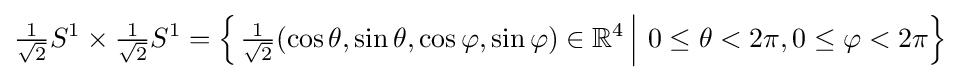
{\tfrac {1}{\sqrt {2}}}S^{1}\times {\tfrac {1}{\sqrt {2}}}S^{1}=\left\{\left.{\tfrac {1}{\sqrt {2}}}(\cos \theta ,\sin \theta ,\cos \varphi ,\sin \varphi )\in \mathbb {R} ^{4}\,\right|\,0\leq \theta <2\pi ,0\leq \varphi <2\pi \right\}